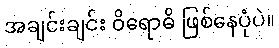
အချင်းချင်း ဝိရောဓိ ဖြစ်နေပုံပဲ။